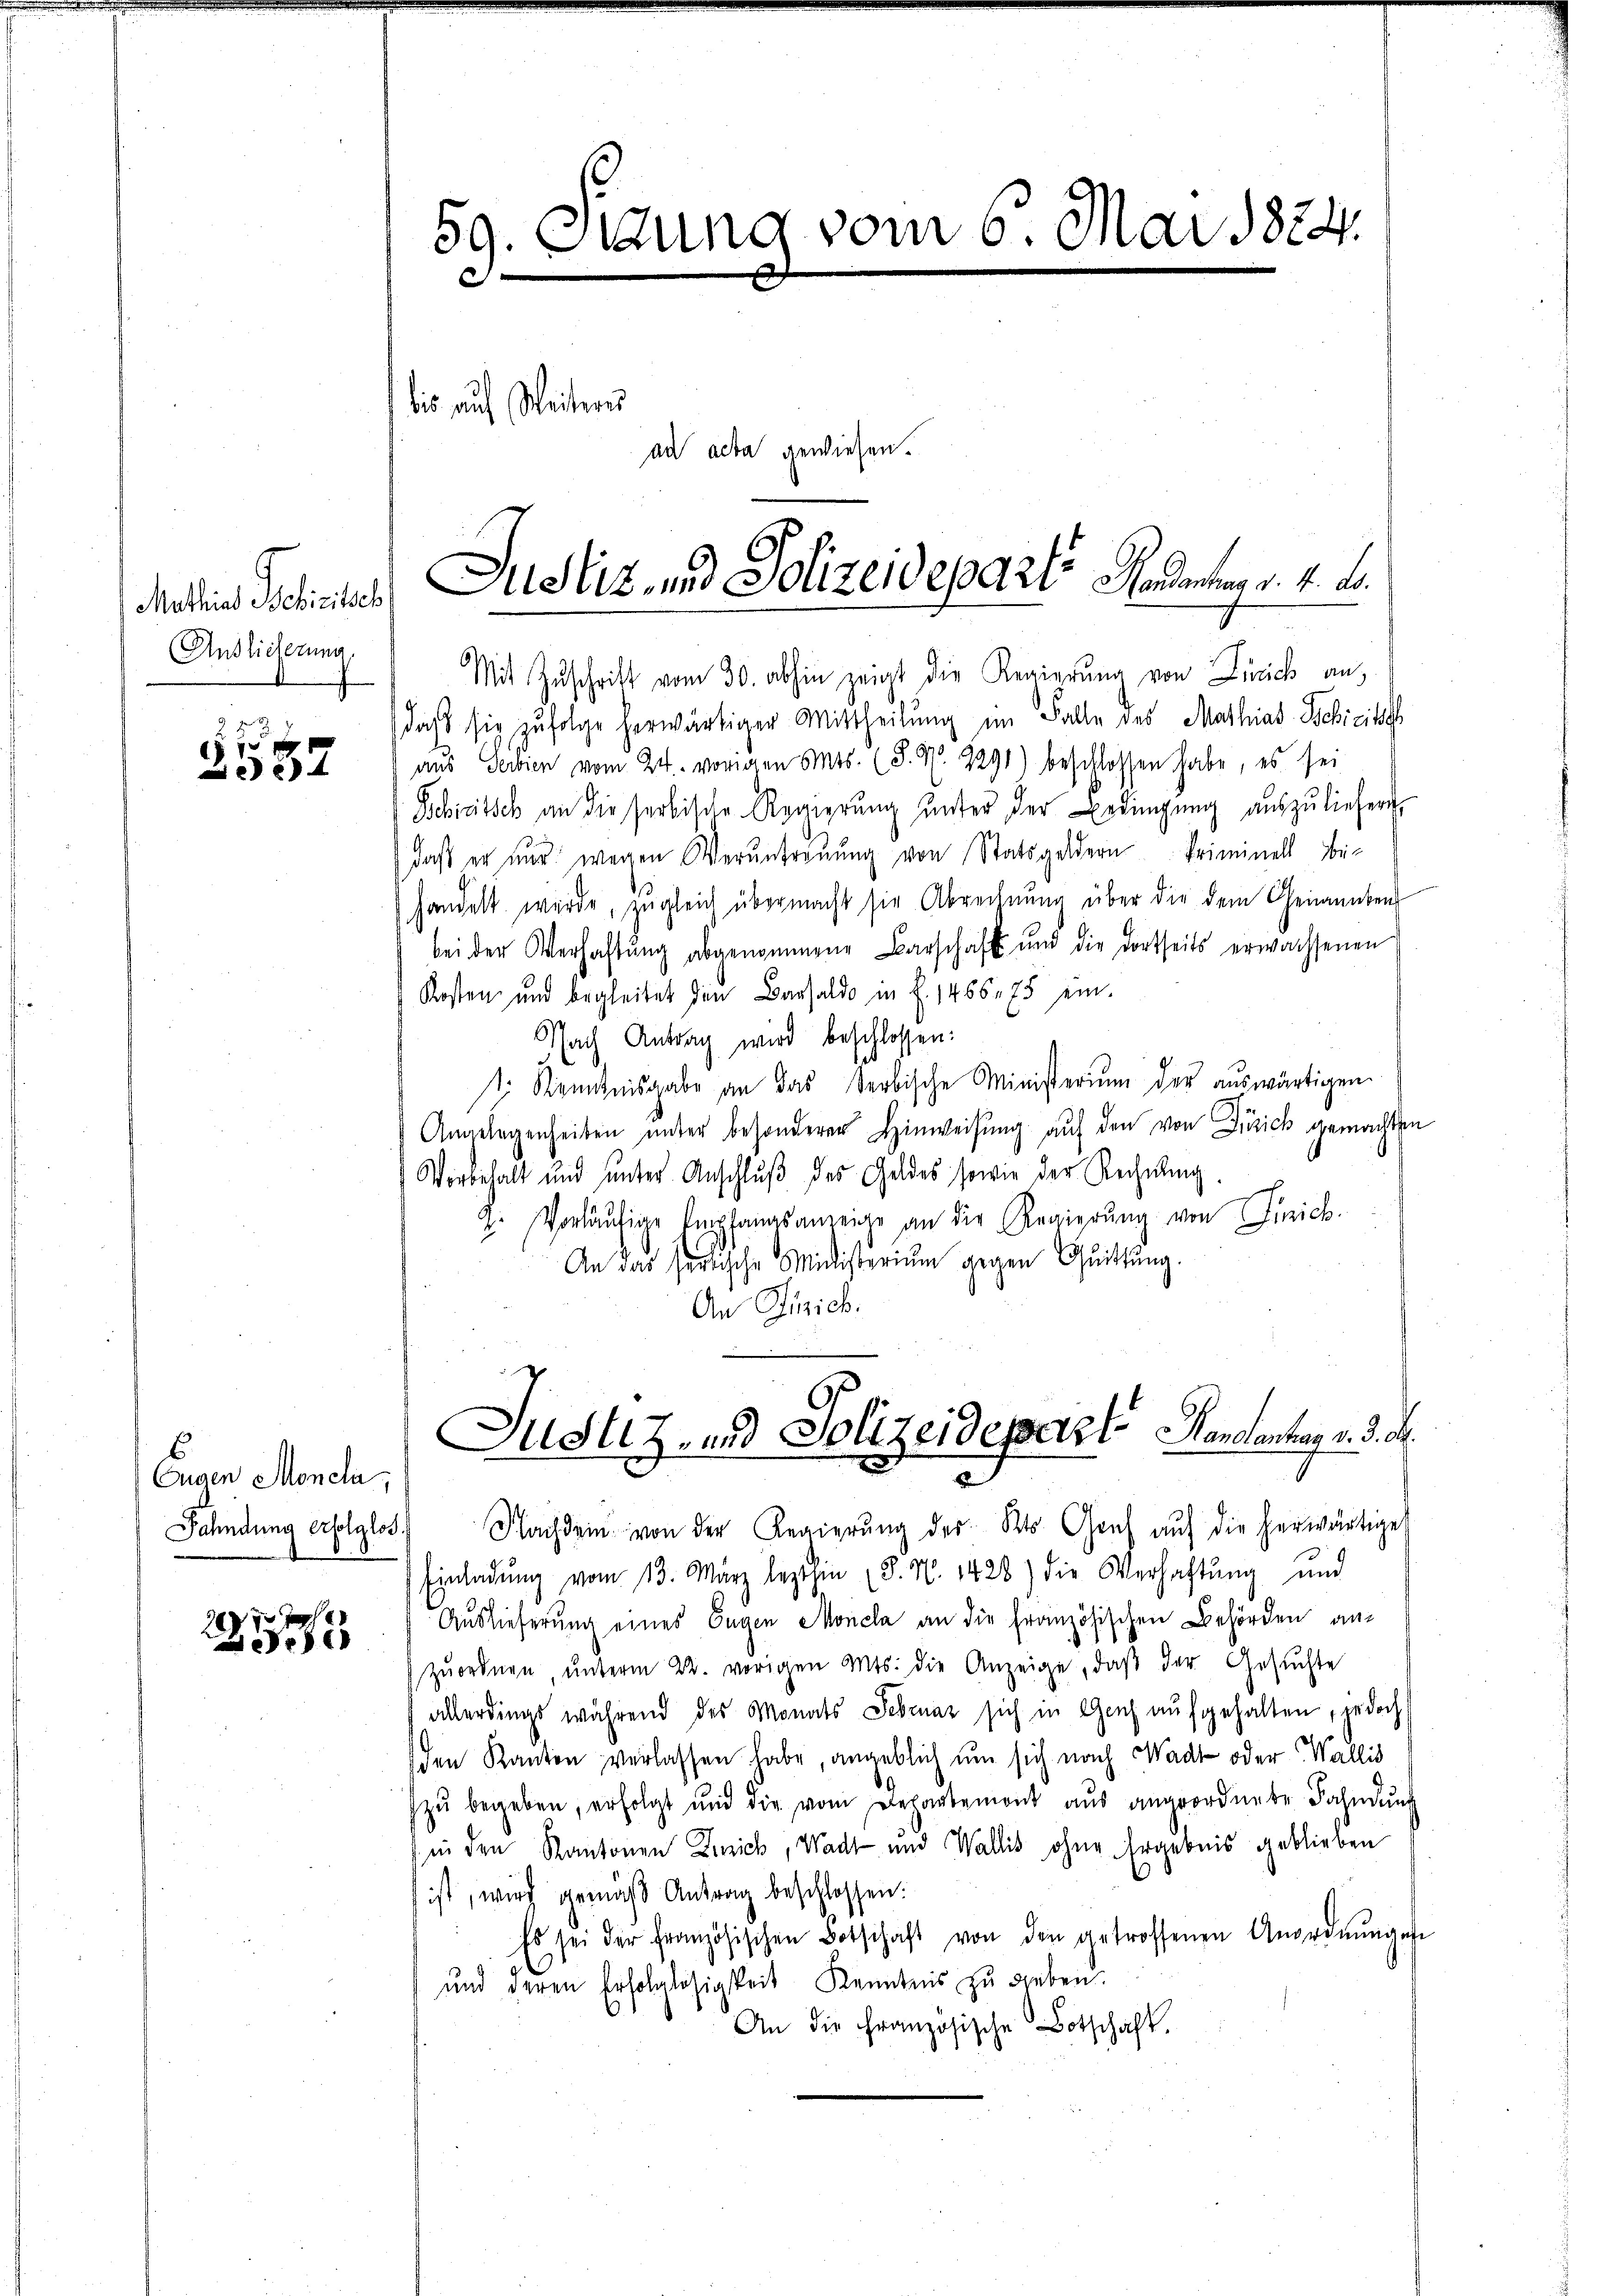
Mathias Befinitisch
Anslieferung

222
 15 x
 xx

59. Sigung vom 6. Mai 1824.
C
bis auf Weitern
an acta gewiesen.

27
53

Justiz- und Polizeidepart Handanten v. 4. d.

6
Eugen Mondla
Fahndung erfolglos.

Mit Zŭschritt vom 30. abhin zeigt die Regierŭng von Zürich an,
daß sie zufolge herwärtiger Mittheilung im Falle des Mathias Schreits
aus Serbien vom 24. vorigen Mts. (S. R. 2291) beschlossen habe, es sei
Schicitsch an die serbische Regierŭng ŭnter der Bedingung auszuliefern,
daß er nur wegen Veruntreuung von Statsgeldern Priminell beihandelt würde, zugleich übermacht sie Abrechnŭng über die dem Chenannten
bei der Verhaftŭng abgenommene Barschaft und die dortseits erwachsenen
Kosten und begleitet den Bausaldo in f. 1466 75 ein-
Nach Antrag wird beschlossen:
t. Kenntnisgabe an das Serbische Ministerium der auswärtigen
Angelegenheiten ŭnter besonderer Hinweisung auf den von Zürich gemachten
Vorbehalt und unter Anschluß des Geldes sowie der Rechnung
2. Vorläŭfige Empfangsanzeige an der Regierŭng von Linich
An das seitische Ministerium gegen Quittung.
An Zürich.
.
Justiz- und Polizeidepart Santanten v. 3. d.
Nachdem von der Regierŭng des Kts. Graf aŭf die herwärtige
Einladung vom 13. März lezthin (S. N. 1428) die Verhaftung und
Auslieferung eines Eugen Möncha an die Französischen Behörden an-
zŭordnen, ŭnterm 22. vorigen Mts. die Anzeige, daβ der Gesuchte
allerdings während des Monats Februar sich in Genf aufgehalten, jedoch
den Kanton verlassen habe, angeblich um sich nach ad oder Wallis
zu begeben, erfolgt und die vom Bezaubemont aus angeordnete Fahndung
in den Kantonen Zeich, Wacht und Wallis ohne Ergebnis geblieben
ist, wird gemäß Antrag beschlossen:
Es sei der Französischen Botschaft von den getroffenen Anordnŭngese
und deren Erfolglosigkeit Kenntnis zu geben.
An die Französische Botschaft,